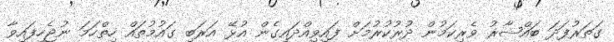
ގަތަރުފަދަ ބައްޝާރު ވެރިކަމުން ދުރުުކުރުމަށް ފައިވިއްދައިގެން އުޅޭ އަރަބި ގައުމުތައް ހިތްހަމަ ނުޖެހިފައިވާ